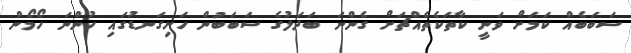
ސަބަބެއް ކަމަށް ވަނީ ކާތަކެތެއްޗަށް ގެންނަ ބަދަލުގެ ސަބަބުން ހަށިގަނޑުގައި ހުންނަ ހޯމޯން